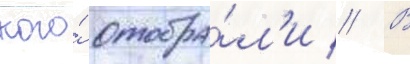
кого́ отобра́л'и // В